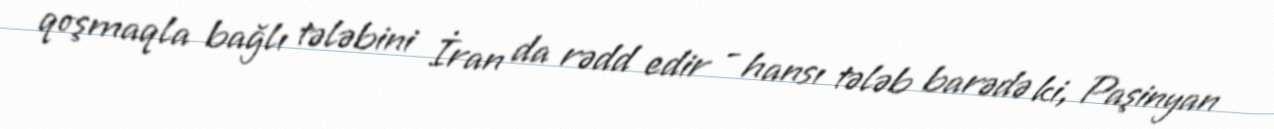
qoşmaqla bağlı tələbini İran da rədd edir - hansı tələb barədə ki, Paşinyan